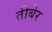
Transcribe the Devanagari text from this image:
तीबेर